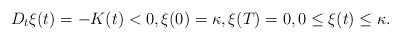
LaTeX: \begin{align*} D_t\xi(t)=- K(t)<0, \xi(0)=\kappa,\xi(T)=0, 0\leq \xi(t) \leq \kappa. \end{align*}